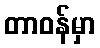
တာဝန်မှာ